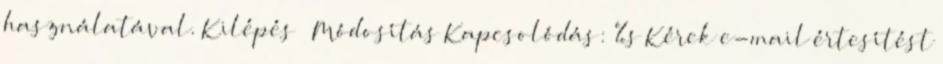
használatával. Kilépés Módosítás Kapcsolódás: %s Kérek e-mail értesítést